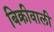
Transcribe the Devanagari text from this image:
बिक्रीवाली